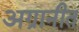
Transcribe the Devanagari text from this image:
अग्रानीत